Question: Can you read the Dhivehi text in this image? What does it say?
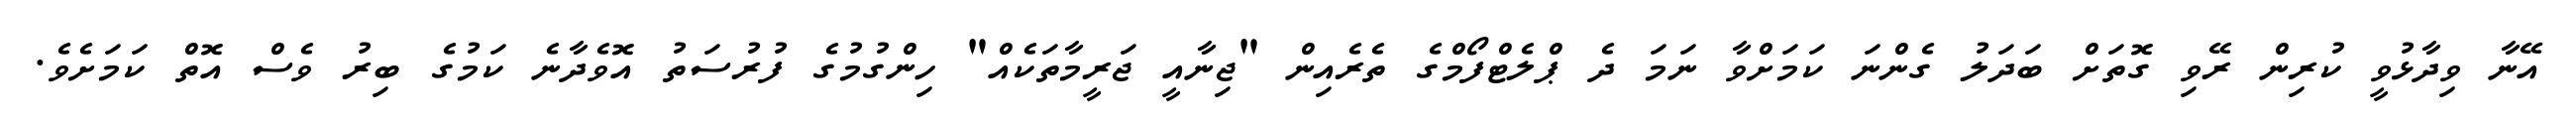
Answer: އޭނާ ވިދާޅުވީ ކުރިން ރޭވި ގޮތަށް ބަދަލު ގެންނަ ކަމަށްވާ ނަމަ ދެ ޕްލެޓްފޯމްގެ ތެރެއިން "ޖިނާއީ ޖަރީމާތަކެއް" ހިންގުމުގެ ފުރުސަތު އޮވެދާނެ ކަމުގެ ބިރު ވެސް އޮތް ކަމަށެވެ.